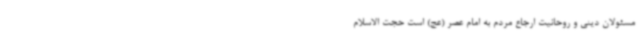
مسئولان دینی و روحانیت ارجاع مردم به امام عصر (عج) است حجت الاسلام